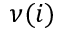
\nu ( i )